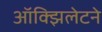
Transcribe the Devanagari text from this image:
ऑक्झिलेटने